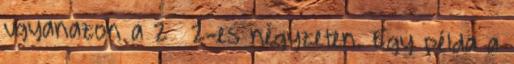
ugyanazon a 2 х 2-es négyzeten. Egy példa a